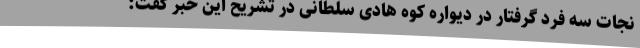
نجات سه فرد گرفتار در دیواره کوه هادی سلطانی در تشریح این خبر گفت: